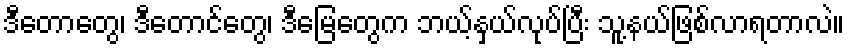
ဒီတောတွေ၊ ဒီတောင်တွေ၊ ဒီမြေတွေက ဘယ့်နှယ်လုပ်ပြီး သူ့နယ်ဖြစ်လာရတာလဲ။